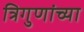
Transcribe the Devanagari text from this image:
त्रिगुणांच्या